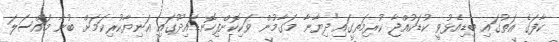
ކާފަގެ އަތުގައި ބިޑިއެޅުވީ ކުޑަކުއްޖާ ކުރިމަތީގައި"ދިޔާނާ މަގާމުން ވަކިކޮށްފިހޮނޑައިދޫގައި އަނިޔާކުރިކަމަށް ބުނާ މައްސަލަ